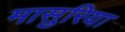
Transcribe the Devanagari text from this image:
मासुरिया